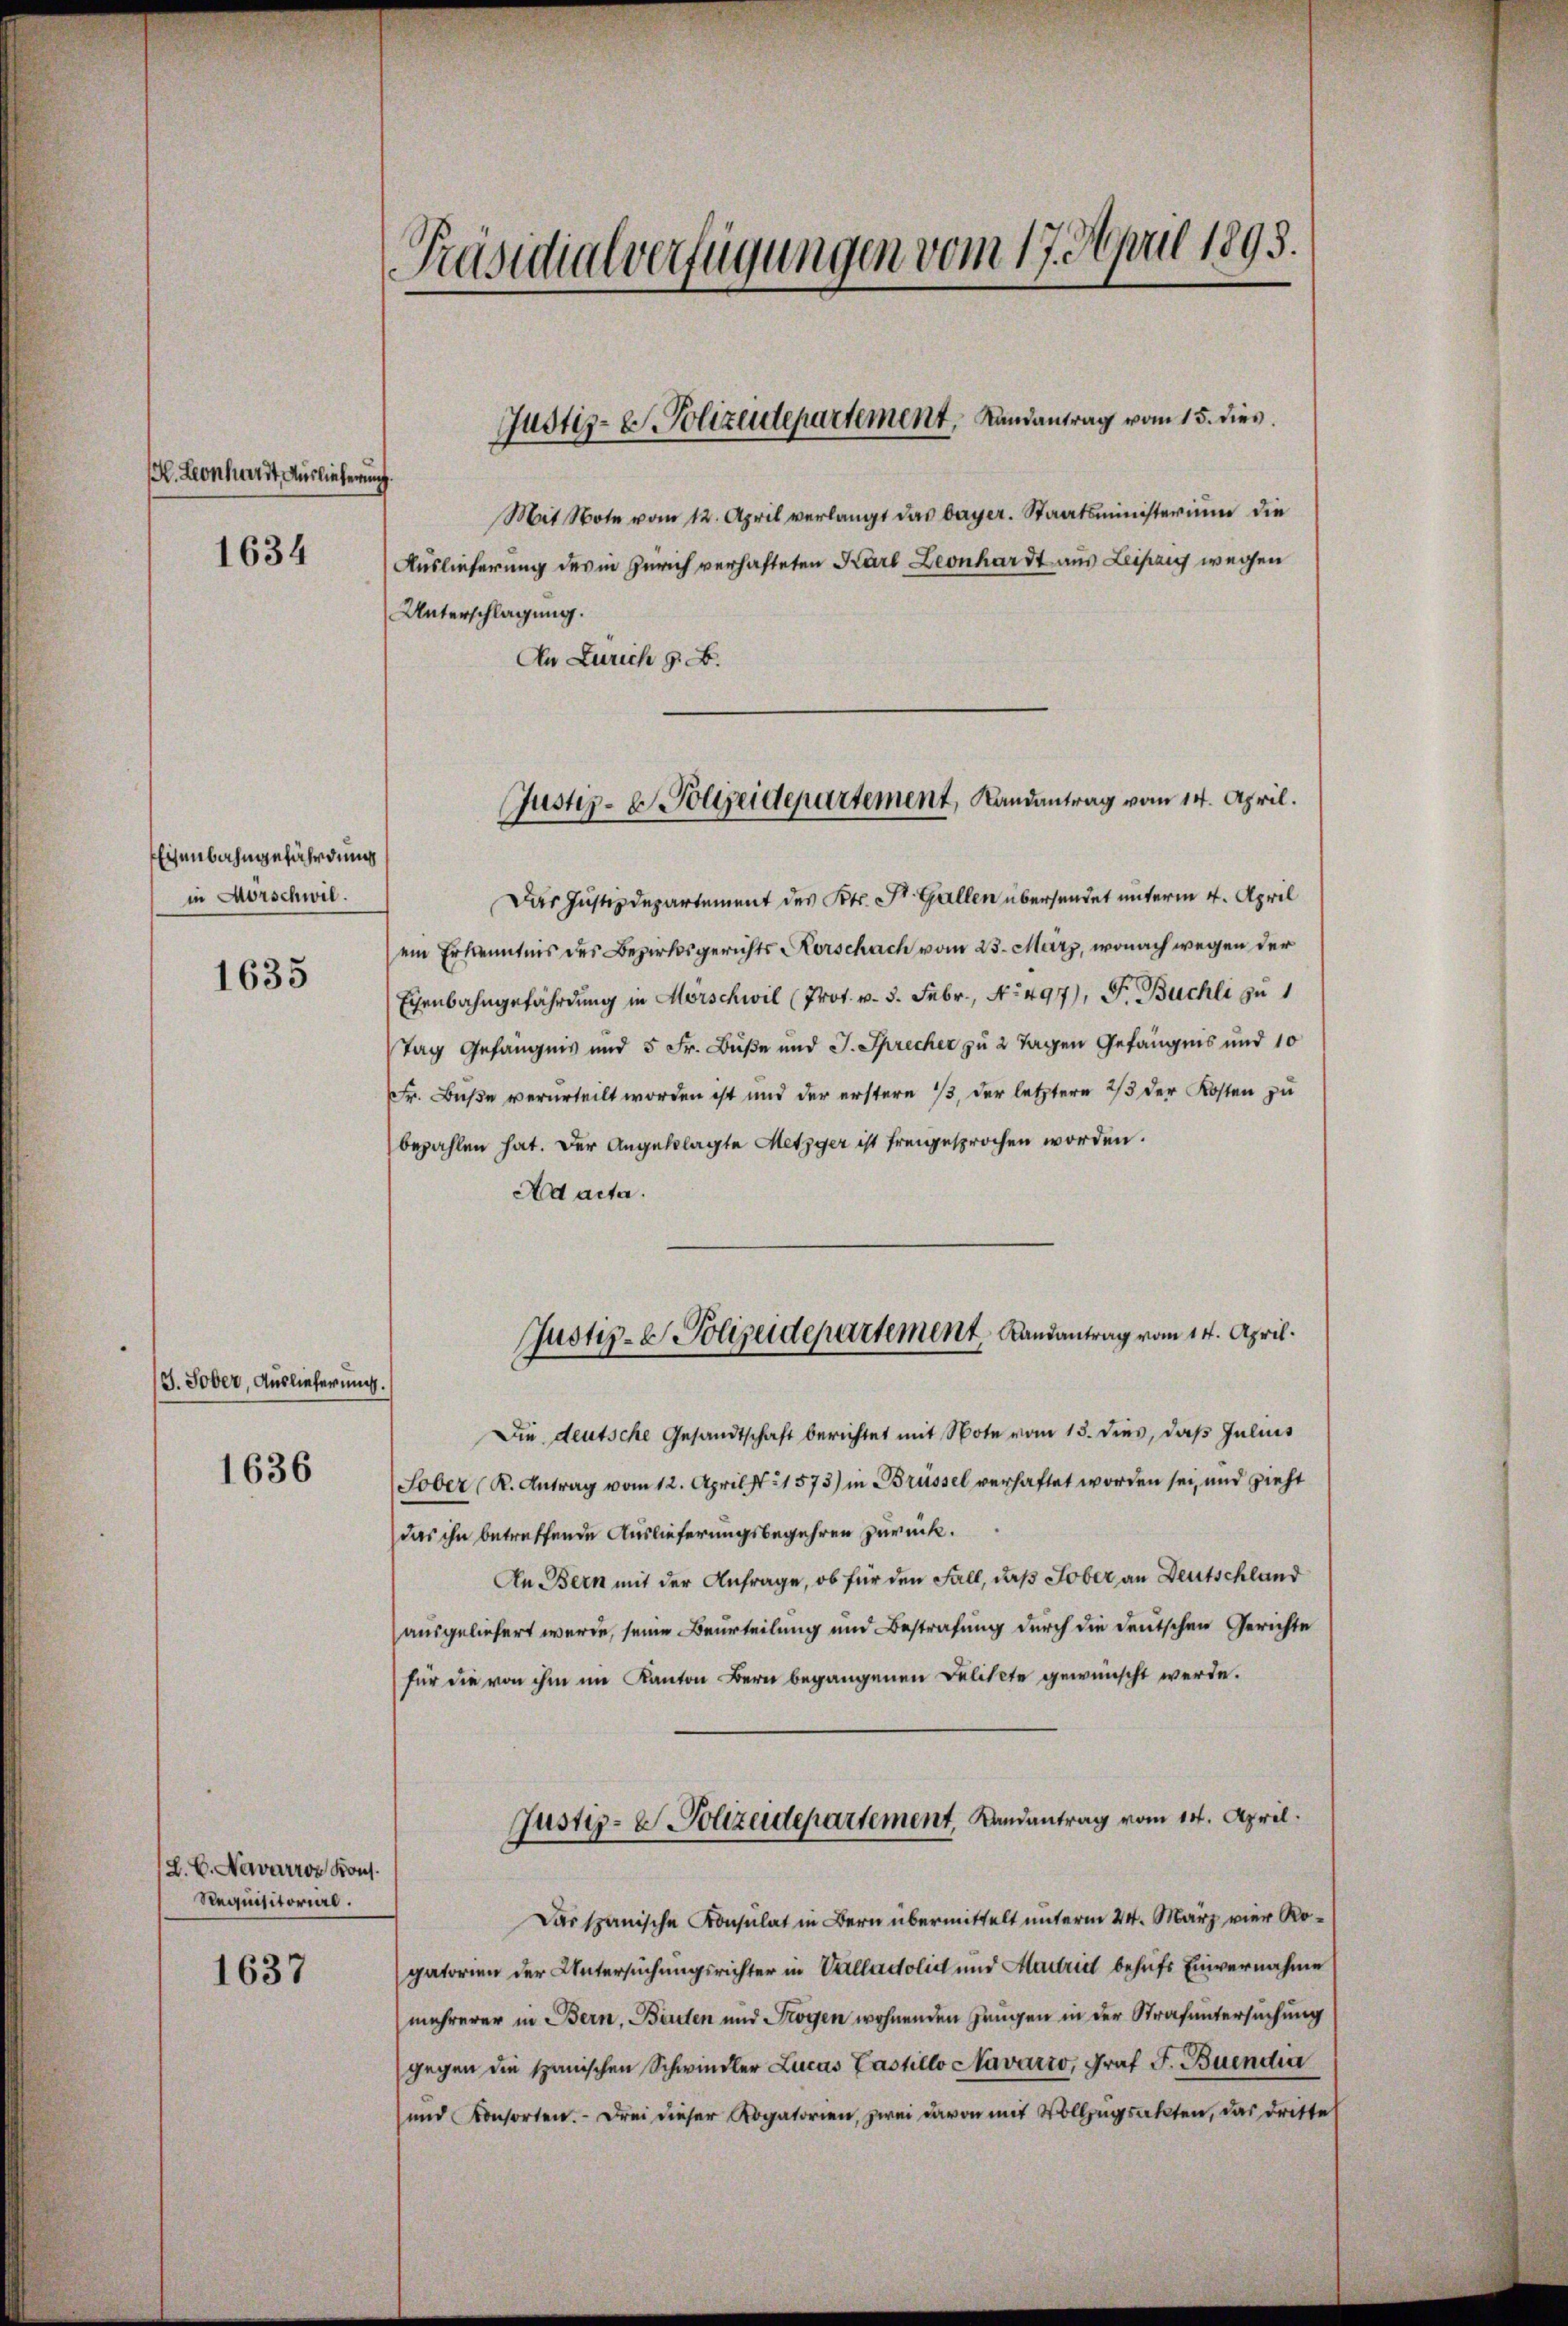
. Leonhardt, Auslieferung
1634

Eisenbahngefährdung
in Morschwil.

1635

3. Sober, Auslieferung.

1636

(L.C. Navarros Kons.
Requisitorial.

1637

Präsidialverfügungen vom 17. April 1895.

Mit Note vom 12. April verlangt das bayer. Staatsministerium die
Auslieferung des in Zürich verhafteten Karl Leonhardt aus Leipzig wegen
Unterschlagung.
An Zürich z. B.
Das Justizdepartement des Kts. St. Gallen übersendet unterm 4. April
ein Erkenntnis des Bezirksgerichts Korschach vom 23. März, wonach wegen der
Eisenbahngefährdung in Mörschwil (Prot. v. 3. Febr., No 497), Fr. Buchli zu
Tag Gefängnis und 5 Fr. Buße und J. Sprecher zu 2 Tagen Gefängnis und 10
Fr. Buße verurteilt worden ist und der erstern , der letztere 2/3 der Kosten zu
bezahlen hat. Der Angeklagte Metzger ist freigesprochen worden.
Ad acta.
Justiz- & Polizeidepartement, Landantrag vom 14. April.
Die deutsche Gesandtschaft berichtet mit Note vom 13. dies, daß Julius
Sober (R. Antrag vom 12. April st. 11573) in Brüssel verhaftet worden sei, und zieht
das ihn betreffende Auslieferungsbegehren zurück.
An Bern mit der Anfrage, ob für den Fall, daß Tober an Deutschland
ausgeliefert werde, seine Beurteilung und Bestrafung durch die deutschen Gerichte
für die von ihm im Kanton Bern begangenen Deliktete gewünscht werde.
Justiz- & Polizeidepartement, Landantrag vom 14. April.
Das spanische Konsulat in Bern übermittelt unterm 24. März vier Rogatorien der Untersuchungsrichter in Valladolid und Madrid behufs Einvernahme
mehrerer in Bern, Bauten und Frogen wohnenden Zeugen in der Strafuntersuchung
gegen die Spanischen Schwindler Lucas Lastillo Navario, Graf F. Buendia
und Konsorten. Drei dieser Rogatorien, zwei davon mit Vollzugsakten, das dritte

Justiz-C. Polizeidepartement, Landantrag vom 15. dies

Justiz- & Polizeidepartement, Landantrag vom 14. April.